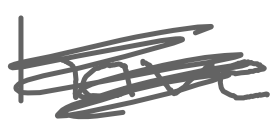
Text: have
Cross-out: scratch
Writing tool: digital_gray